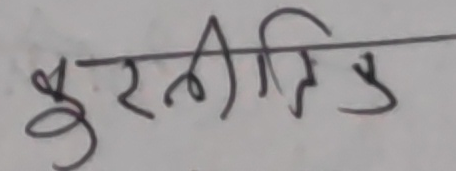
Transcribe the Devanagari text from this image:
कुरलीतिड